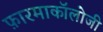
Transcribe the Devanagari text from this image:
फ़ारमाकॉलोजी